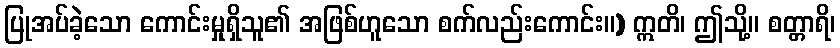
ပြုအပ်ခဲ့သော ကောင်းမှုရှိသူ၏ အဖြစ်ဟူသော စက်လည်းကောင်း။) ဣတိ၊ ဤသို့။ စတ္တာရိ၊